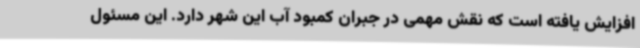
افزایش یافته است که نقش مهمی در جبران کمبود آب این شهر دارد. این مسئول